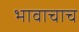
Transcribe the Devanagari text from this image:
भावाचाच